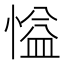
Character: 𪬘